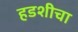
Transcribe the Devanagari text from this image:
हडशीचा